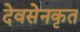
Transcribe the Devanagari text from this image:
देवसेनकृत